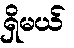
ရှိမယ်